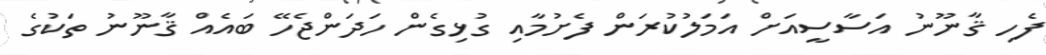
ފެހި ޤާނޫނު އަސާސީއަށް އަމަލުކުރަން ފެށުމާއި ގުޅިގެން ހަދަންޖެހޭ ބައެއް ޤާނޫނު ތަކުގެ